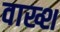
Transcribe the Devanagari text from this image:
वाख्श